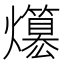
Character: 𤒪